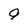
Character: 0